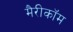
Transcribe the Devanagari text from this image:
मैरीकॉम